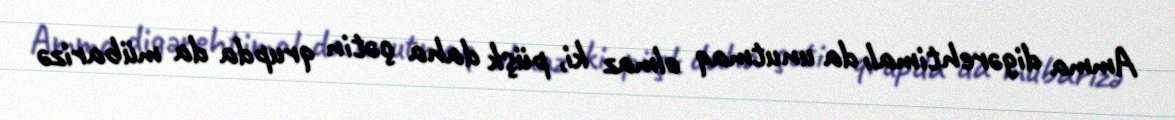
Amma digərehtimalı da unutmaq olmaz ki, püşk daha çətin qrupda da mübarizə